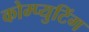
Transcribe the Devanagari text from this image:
कोम्प्युटिंग